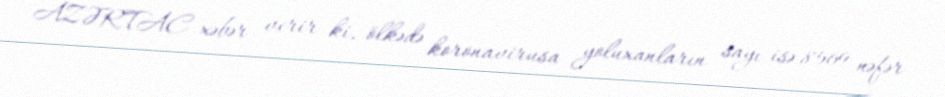
AZƏRTAC xəbər verir ki, ölkədə koronavirusa yoluxanların sayı isə 8569 nəfər